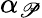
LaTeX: \alpha_{\mathscr{P}}